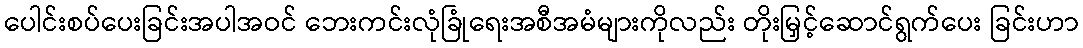
ပေါင်းစပ်ပေးခြင်းအပါအဝင် ဘေးကင်းလုံခြုံရေးအစီအမံများကိုလည်း တိုးမြှင့်ဆောင်ရွက်ပေး ခြင်းဟာ